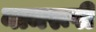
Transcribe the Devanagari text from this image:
नामरूपी